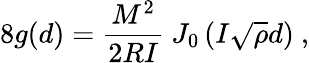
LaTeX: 8g(d)={\frac{M^{2}}{2RI}}\ J_{0}\left(I\sqrt{\rho}d\right)\ ,